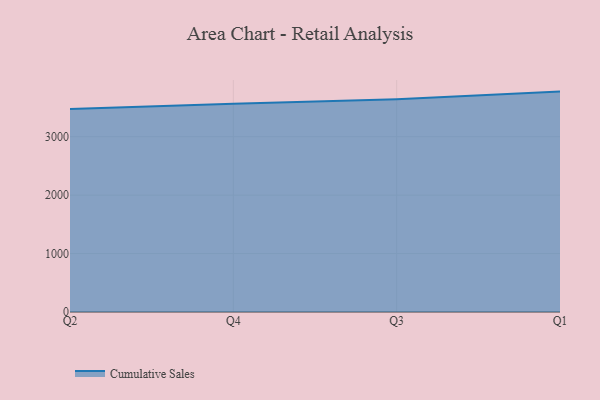
{"axis": {"x": "Quarter", "y": "Bounce Rate (%)"}, "legend": ["Cumulative Sales"], "data": [{"x": "Q2", "y": 3473.6, "type": "Cumulative Sales"}, {"x": "Q4", "y": 3563.8, "type": "Cumulative Sales"}, {"x": "Q3", "y": 3638.9, "type": "Cumulative Sales"}, {"x": "Q1", "y": 3771.9, "type": "Cumulative Sales"}]}